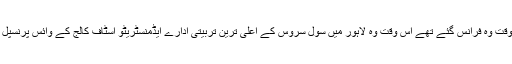
جس وقت وہ فرانس گئے تھے اُس وقت وہ لاہور میں سول سروس کے اعلیٰ ترین تربیتی ادارے ایڈمنسٹریٹو اسٹاف کالج کے وائس پرنسپل تھے۔